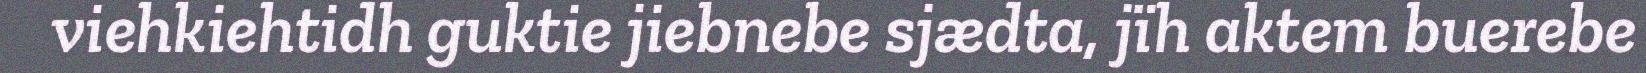
viehkiehtidh guktie jiebnebe sjædta, jïh aktem buerebe